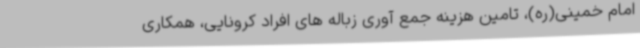
امام خمینی(ره)، تامین هزینه جمع آوری زباله های افراد کرونایی، همکاری